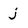
Character: j